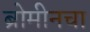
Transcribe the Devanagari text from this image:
ब्रोमीनचा